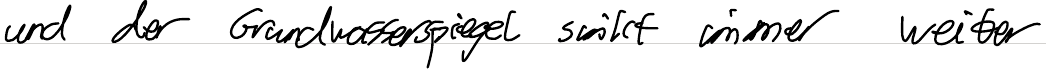
und der Grundwasserspiegel sinkt immer weiter